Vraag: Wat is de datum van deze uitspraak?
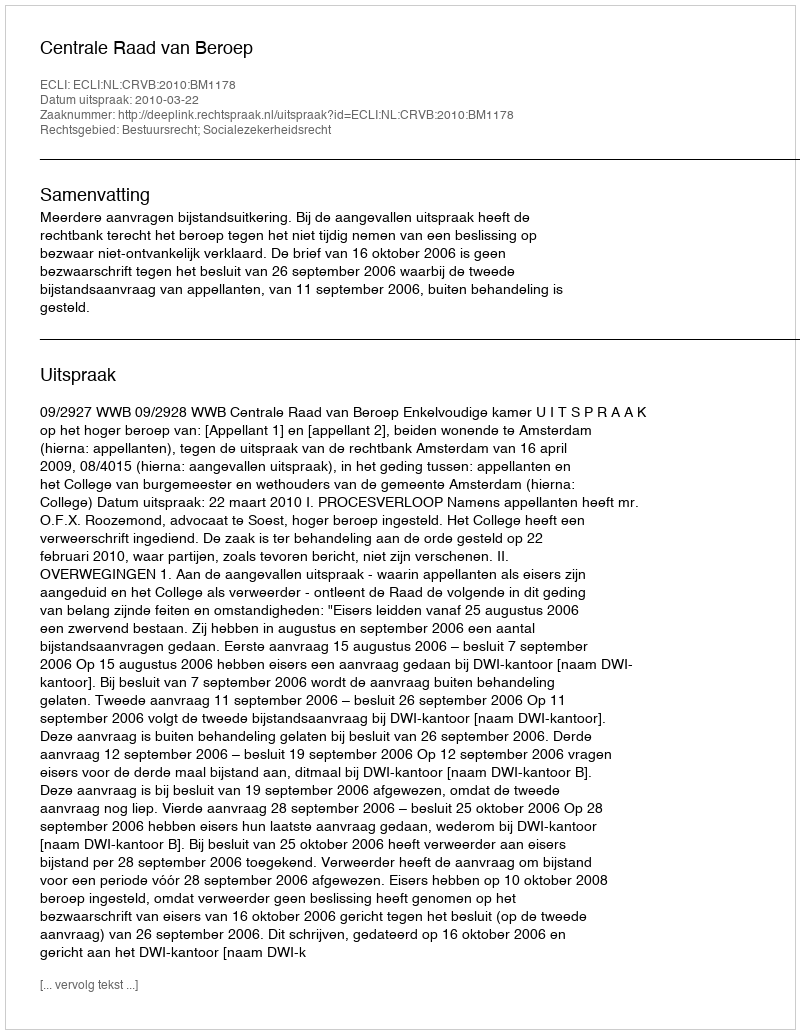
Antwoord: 2010-03-22